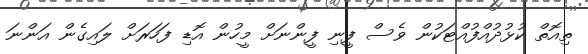
ތިއޮތް ކުޅުދުއްފުއްޓަކުން ވެސް ފީނި ފީންނަށް މީހުން އޮޑި ފަހަރަށް ލައިގެން އަންނަ